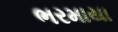
ભરમાયા